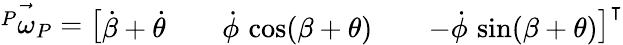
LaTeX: \vec{{^P}\omega_{P}}=\left[\begin{array}{lllll}{\dot{\beta}+\dot{\theta}}&{}&{\dot{\phi}\, \cos(\beta+\theta)}&{}&{-\dot{\phi}\, \sin(\beta+\theta)}\end{array}\right]^{\intercal}{}